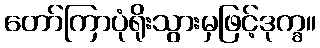
တော်ကြာပုံရိုးသွားမှဖြင့်ဒုက္ခ။